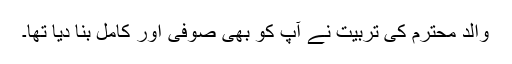
والد محترم کی تربیت نے آپ کو بھی صوفی اور کامل بنا دیا تھا۔